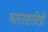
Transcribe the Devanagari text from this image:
भारतसावित्री